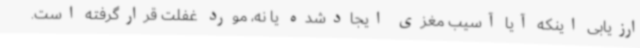
ارزیابی اینکه آیا آسیب مغزی ایجادشده یا نه، مورد غفلت قرارگرفته است.